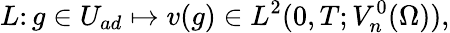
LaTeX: L\colon g\in U_{ad}\mapsto v(g)\in L^{2}(0,T;V_{n}^{0}(\Omega)),